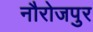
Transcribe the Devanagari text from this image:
नौरोजपुर